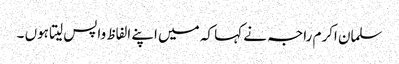
سلمان اکرم راجہ نے کہا کہ میں اپنے الفاظ واپس لیتا ہوں ۔